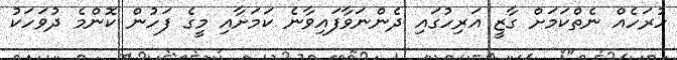
ހުރަހެއް ނެތްކަމަށް ގާޒީ އަރިހުގައި ދެންނަވާފައިވާނެ ކަމަށާއި މީގެ ފަހުން ކޮންމެ ދުވަހަކު